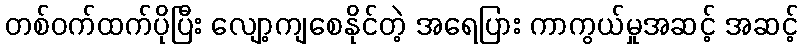
တစ်ဝက်ထက်ပိုပြီး လျော့ကျစေနိုင်တဲ့ အရေပြား ကာကွယ်မှုအဆင့် အဆင့်